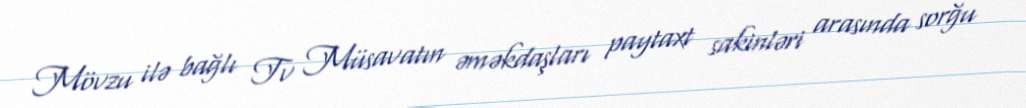
Mövzu ilə bağlı Tv Müsavatın əməkdaşları paytaxt sakinləri arasında sorğu